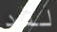
لقد